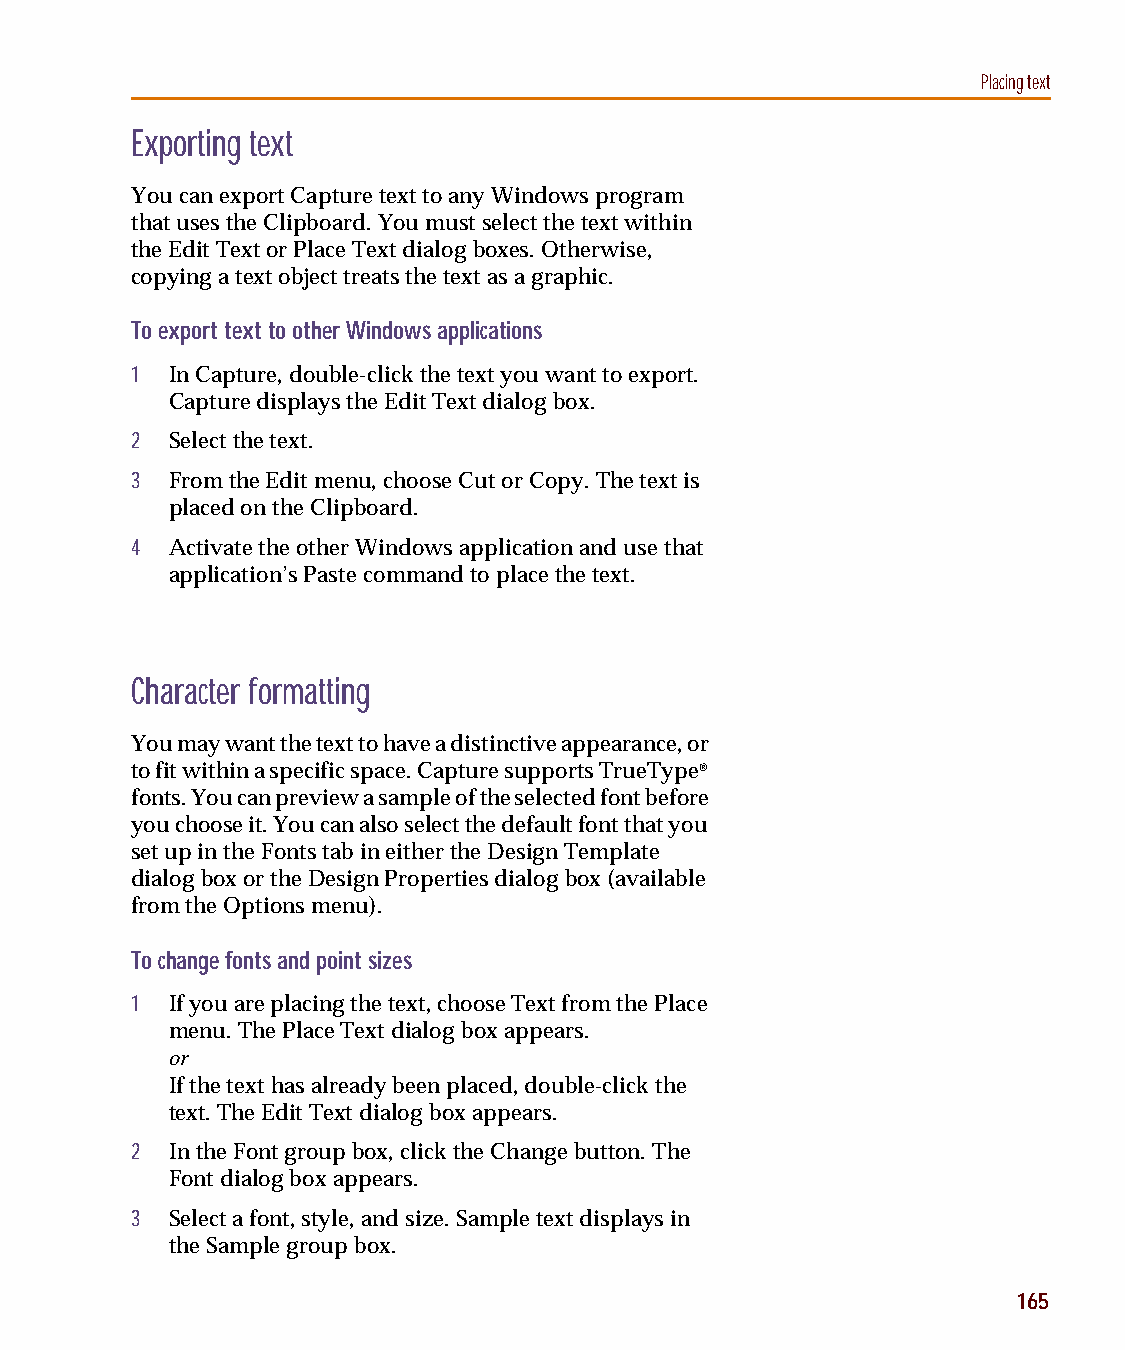
capug.book Page 165 Thursday, November 12, 1998 3:38 PM
 Placing text
 Exporting text
 You can export Capture text to any Windows program
 that uses the Clipboard. You must select the text within
 the Edit Text or Place Text dialog boxes. Otherwise,
 copying a text object treats the text as a graphic.
 To export text to other Windows applications
 1 In Capture, double-click the text you want to export.
 Capture displays the Edit Text dialog box.
 2 Select the text.
 3 From the Edit menu, choose Cut or Copy. The text is
 placed on the Clipboard.
 4 Activate the other Windows application and use that
 application’s Paste command to place the text.
 Character formatting
 You may want the text to have a distinctive appearance, or
 to fit within a specific space. Capture supports TrueType®
 fonts. You can preview a sample of the selected font before
 you choose it. You can also select the default font that you
 set up in the Fonts tab in either the Design Template
 dialog box or the Design Properties dialog box (available
 from the Options menu).
 To change fonts and point sizes
 1 If you are placing the text, choose Text from the Place
 menu. The Place Text dialog box appears.
 or
 If the text has already been placed, double-click the
 text. The Edit Text dialog box appears.
 2 In the Font group box, click the Change button. The
 Font dialog box appears.
 3 Select a font, style, and size. Sample text displays in
 the Sample group box.
 165